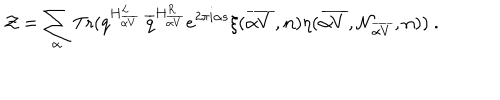
LaTeX: { \cal Z } = \sum _ { \alpha } \mathrm { T r } ( q ^ { H _ { \overline { { { \alpha V } } } } ^ { L } } ~ { \overline { { q } } } ^ { H _ { \overline { { { \alpha V } } } } ^ { R } } e ^ { 2 \pi i \alpha s } \xi ( { \overline { { { \alpha V } } } } , { \bf n } ) \eta ( { \overline { { { \alpha V } } } } , { \cal N } _ { \overline { { { \alpha V } } } } , { \bf n } ) ) ~ .